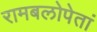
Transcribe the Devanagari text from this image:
रामबलोपेतां